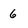
Character: 6